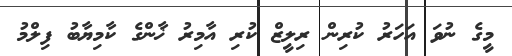
މީގެ ނުވަ އަހަރު ކުރިން ރިލީޒް ކުރި އާމިރު ޚާންގެ ކާމިޔާބު ފިލްމު